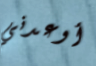
أوعدني